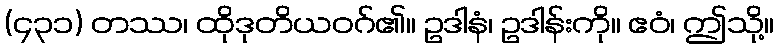
(၄၃၁) တဿ၊ ထိုဒုတိယဝဂ်၏။ ဥဒါနံ၊ ဥဒါန်းကို။ ဧဝံ၊ ဤသို့။